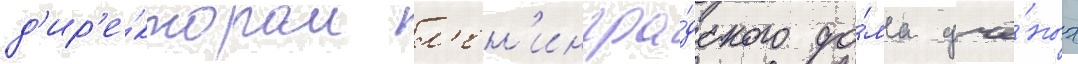
д'ир'е́ктором л'ен'ингра́дского до́ма учё́ных